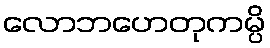
လောဘဟေတုကမ္ပိ